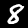
Digit: 8